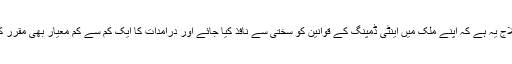
اس کا علاج یہ ہے کہ اپنے ملک میں اینٹی ڈمپنگ کے قوانین کو سختی سے نافذ کیا جائے اور درآمدات کا ایک کم سے کم معیار بھی مقرر کیا جائے۔